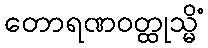
တောရဏဝတ္ထုသ္မိံ